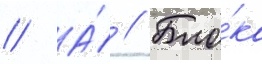
// А́ // Бло́ка